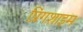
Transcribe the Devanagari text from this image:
प्रिंगशाइम